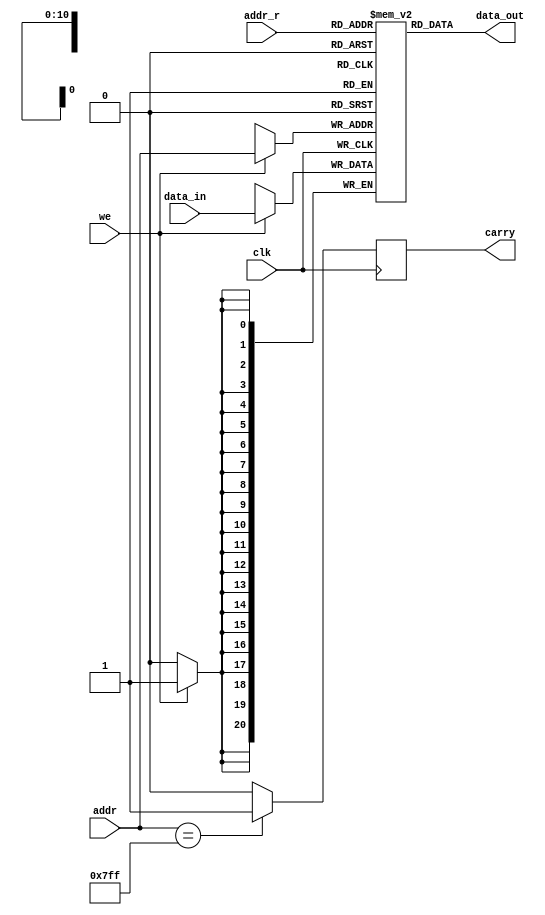
`timescale 1ns / 1ns
//////////////////////////////////////////////////////////////////////////////////
// Module Name:    SRAM2 
//////////////////////////////////////////////////////////////////////////////////
module SRAM2(input clk,
 input [10:0] addr,
 input [10:0] addr_r,
 output [20:0] data_out,
 input [20:0] data_in,
 input we,
 output reg carry
);

reg [20:0] mem [0:2047];
 always @(posedge clk) begin 
						     if(we) mem[addr]<= data_in;
							  if(addr==11'b11111111111) carry<=1'b1;
							  else carry<=1'b0;
							  end
 assign data_out=mem[addr_r];
 
endmodule